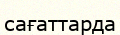
сағаттарда